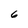
Character: 6